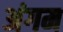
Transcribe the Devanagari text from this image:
अंगम